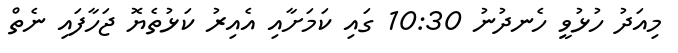
މިއަދު ހުޅުވީ ހެނދުނު 10:30 ގައި ކަމަށާއި އެއިރު ކަޅުތެޔޮ ޖަހާފައި ނެތް